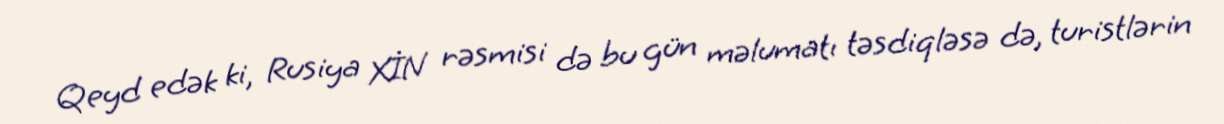
Qeyd edək ki, Rusiya XİN rəsmisi də bu gün məlumatı təsdiqləsə də, turistlərin